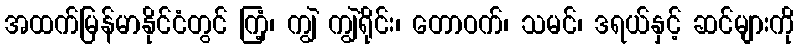
အထက်မြန်မာနိုင်ငံတွင် ကြံ့၊ ကျွဲ ကျွဲရိုင်း၊ တောဝက်၊ သမင်၊ ဒရယ်နှင့် ဆင်များကို